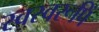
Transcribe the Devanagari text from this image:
स्वस्वरूपिं